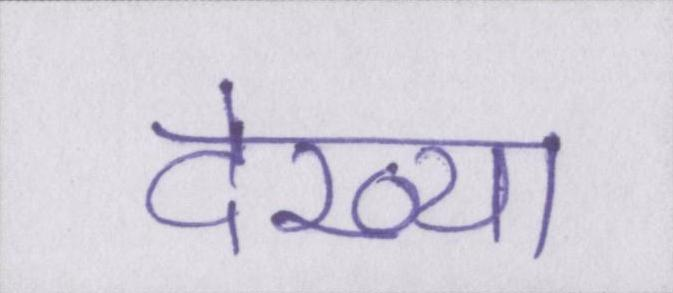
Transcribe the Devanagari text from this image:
देख्या